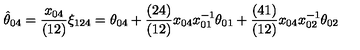
\hat { \theta } _ { 0 4 } = { \frac { x _ { 0 4 } } { ( 1 2 ) } } \xi _ { 1 2 4 } = \theta _ { 0 4 } + { \frac { ( 2 4 ) } { ( 1 2 ) } } x _ { 0 4 } x _ { 0 1 } ^ { - 1 } \theta _ { 0 1 } + { \frac { ( 4 1 ) } { ( 1 2 ) } } x _ { 0 4 } x _ { 0 2 } ^ { - 1 } \theta _ { 0 2 }